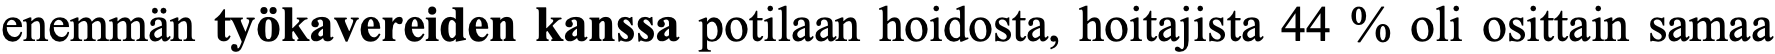
enemmän työkavereiden kanssa potilaan hoidosta, hoitajista 44 % oli osittain samaa